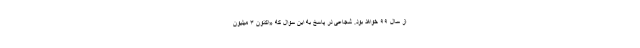
از سال ۹۹ خواهد بود. شجاعی در پاسخ به این سوال که «اکنون ۳ میلیون